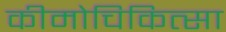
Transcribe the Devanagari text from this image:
कीमोचिकित्सा